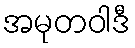
အမုတဝါဒီ